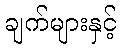
ချက်များနှင့်